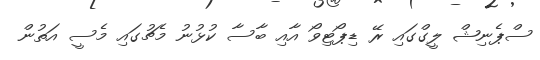
ސްޕެނިޝް ލީގްގަައި ރޭ ޑިޕޯޓިވޯ އާއި ބާސާ ކުޅުނު މެޗުގައި މެސީ އަތުން